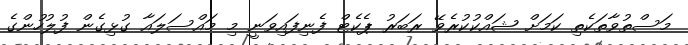
މަސްތުވާތަކެތި ކަމަށް ޝައްކުކުރެވޭ ރަބަރު ޕެކެޓް ފެނިފައިވަނީ މި މައްސަލައާ ގުޅިގެން ފުލުހުންގެ